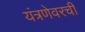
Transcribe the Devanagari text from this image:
यंत्रणेवरची